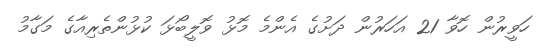
ހަވީރުން ހޮވާ 21 އަހަރުން ދަށުގެ އެންމެ މޮޅު ވޮލީބޯޅަ ކުޅުންތެރިއާގެ މަގާމު